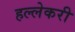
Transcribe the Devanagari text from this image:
हल्लेकरी